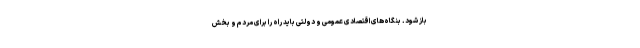
باز شود. بنگاه‌های اقتصادی عمومی و دولتی باید راه را برای مردم و بخش